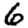
Digit: 6